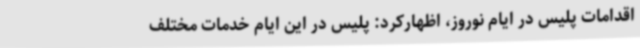
اقدامات پلیس در ایام نوروز، اظهارکرد: پلیس در این ایام خدمات مختلف